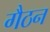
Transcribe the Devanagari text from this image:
गैठन